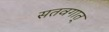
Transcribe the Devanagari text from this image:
सतवगात्